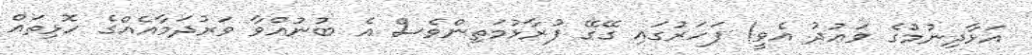
އަޅާދިނުމުގެ ވަޢުދު އެވީ! ފަހަރުގައި ގޭގޭ ފުރާޅުމަތިންވެސް އެ ބުނުއްވާ ވަރުދަމާއެއްގެ ހޮޅިތައް